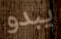
يبدو